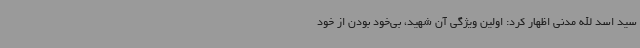
سید اسد الله مدنی اظهار کرد: اولین ویژگی آن شهید، بی‌خود بودن از خود